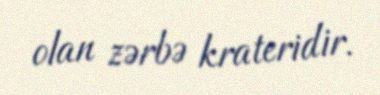
olan zərbə krateridir.